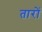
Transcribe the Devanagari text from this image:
तारों